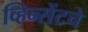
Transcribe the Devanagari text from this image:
व्हिन्सेंटचे